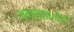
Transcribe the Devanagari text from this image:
भुयारामध्येही